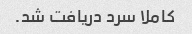
کاملا سرد دریافت شد.